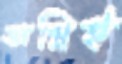
অগ্নিই